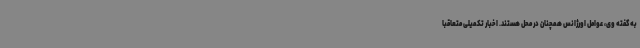
به گفته وی، عوامل اورژانس همچنان در محل هستند. اخبار تکمیلی متعاقبا